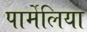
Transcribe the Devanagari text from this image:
पार्मेलिया